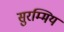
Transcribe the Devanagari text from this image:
सुरम्मिय